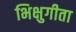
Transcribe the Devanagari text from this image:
भिक्षुगीता